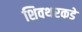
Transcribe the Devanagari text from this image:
शिवथरकडे